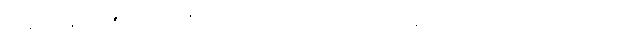
မြန်မာနိုင်ငံ၏တရားစီရင်ရေး ကဏ္ဍမှာ အကန့်အသတ်ဖြင့် ဖြစ်သည်။